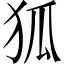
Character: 狐